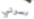
يسرني